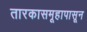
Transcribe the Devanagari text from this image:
तारकासमूहापासून